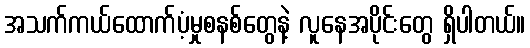
အသက်ကယ်ထောက်ပံ့မှုစနစ်တွေနဲ့ လူနေအပိုင်းတွေ ရှိပါတယ်။